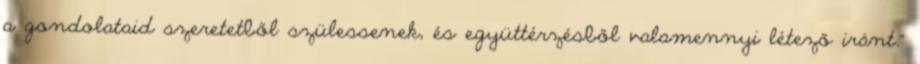
a gondolataid szeretetből szülessenek, és együttérzésből valamennyi létező iránt."